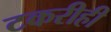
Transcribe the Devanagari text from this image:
टकरीही